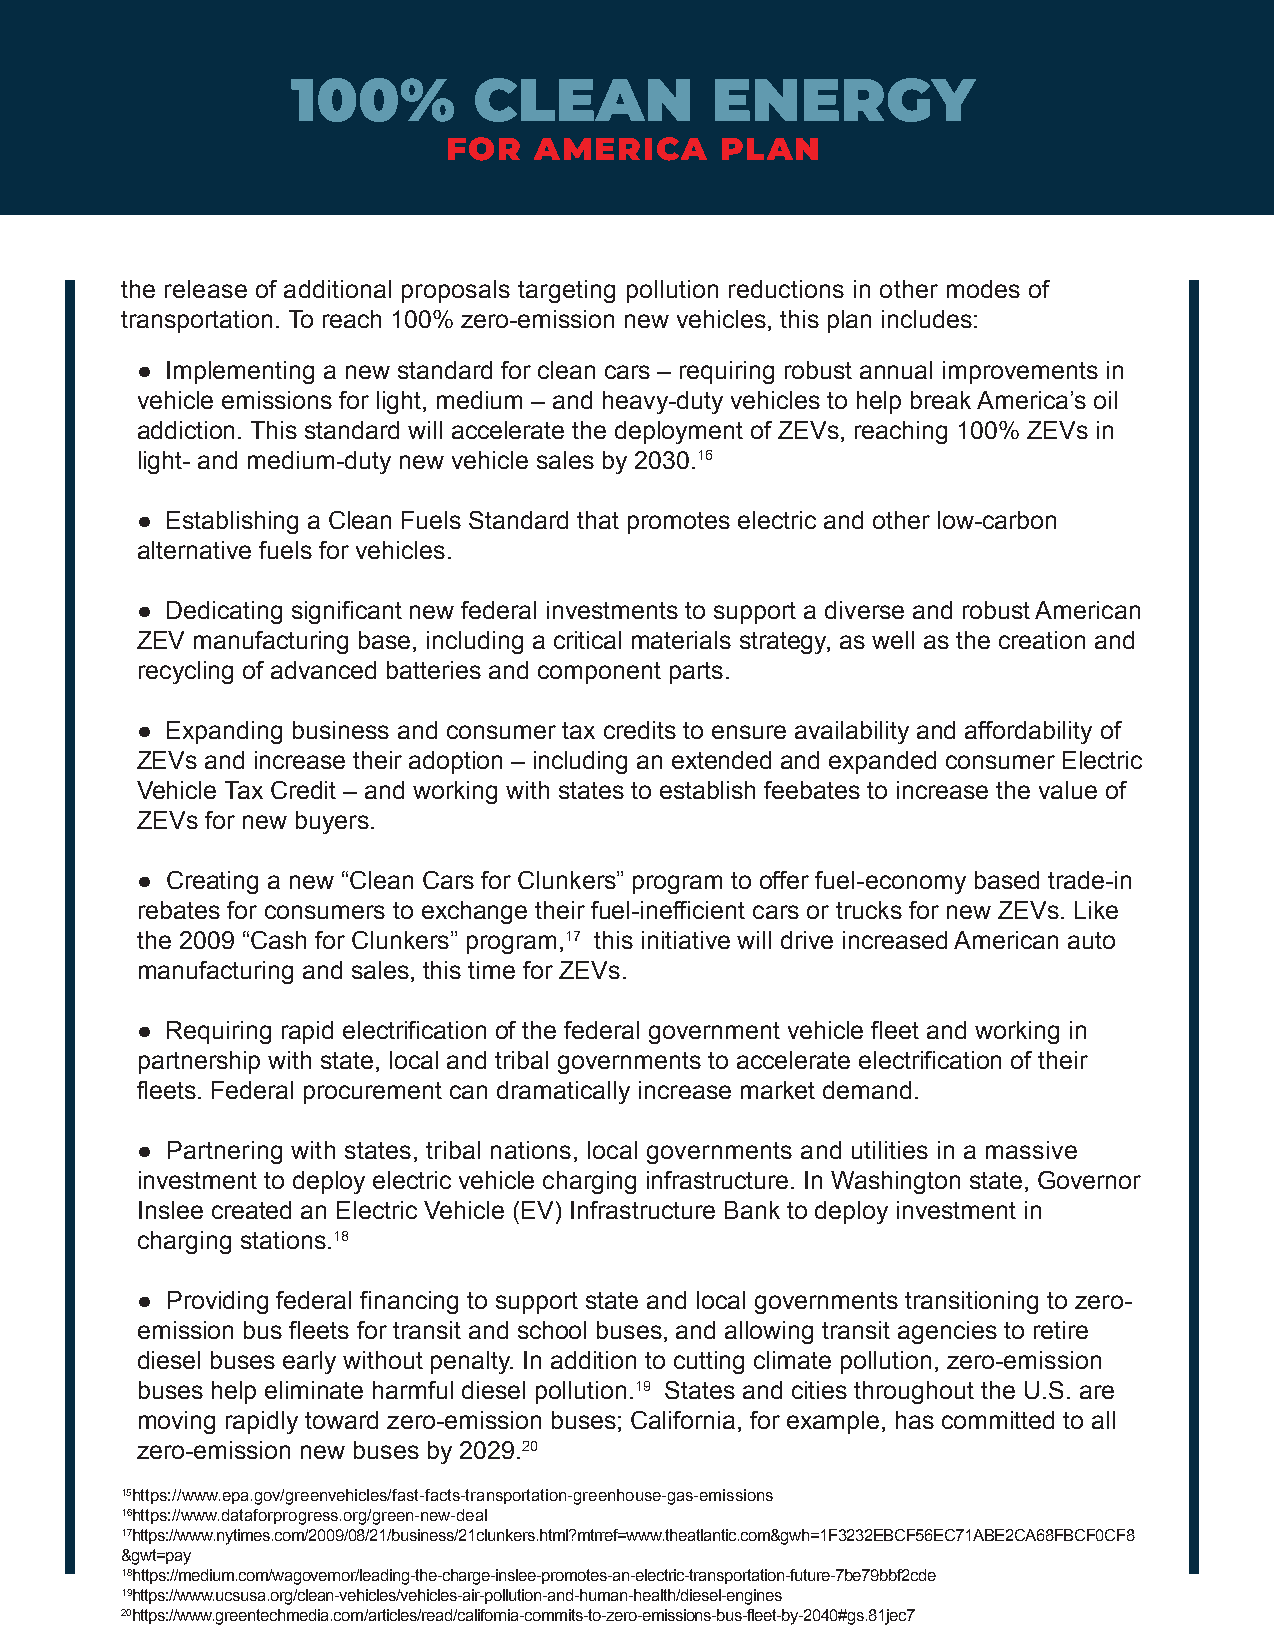
100%        CLEAN           ENERGY
 FOR  AMERICA      PLAN
 the release of additional proposals targeting pollution reductions in other modes of
 transportation. To reach 100% zero-emission new vehicles, this plan includes:
 ● Implementing a new standard for clean cars – requiring robust annual improvements in
 vehicle emissions for light, medium – and heavy-duty vehicles to help break America’s oil
 addiction. This standard will accelerate the deployment of ZEVs, reaching 100% ZEVs in
 light- and medium-duty new vehicle sales by 2030.16
 ● Establishing a Clean Fuels Standard that promotes electric and other low-carbon
 alternative fuels for vehicles.
 ● Dedicating significant new federal investments to support a diverse and robust American
 ZEV manufacturing base, including a critical materials strategy, as well as the creation and
 recycling of advanced batteries and component parts.
 ● Expanding business and consumer tax credits to ensure availability and affordability of
 ZEVs and increase their adoption – including an extended and expanded consumer Electric
 Vehicle Tax Credit – and working with states to establish feebates to increase the value of
 ZEVs for new buyers.
 ● Creating a new “Clean Cars for Clunkers” program to offer fuel-economy based trade-in
 rebates for consumers to exchange their fuel-inefficient cars or trucks for new ZEVs. Like
 the 2009 “Cash for Clunkers” program,17 this initiative will drive increased American auto
 manufacturing and sales, this time for ZEVs.
 ● Requiring rapid electrification of the federal government vehicle fleet and working in
 partnership with state, local and tribal governments to accelerate electrification of their
 fleets. Federal procurement can dramatically increase market demand.
 ● Partnering with states, tribal nations, local governments and utilities in a massive
 investment to deploy electric vehicle charging infrastructure. In Washington state, Governor
 Inslee created an Electric Vehicle (EV) Infrastructure Bank to deploy investment in
 charging stations.18
 ● Providing federal financing to support state and local governments transitioning to zero-
 emission bus fleets for transit and school buses, and allowing transit agencies to retire
 diesel buses early without penalty. In addition to cutting climate pollution, zero-emission
 buses help eliminate harmful diesel pollution.19 States and cities throughout the U.S. are
 moving rapidly toward zero-emission buses; California, for example, has committed to all
 zero-emission new buses by 2029.20
 15https://www.epa.gov/greenvehicles/fast-facts-transportation-greenhouse-gas-emissions
 16https://www.dataforprogress.org/green-new-deal
 17https://www.nytimes.com/2009/08/21/business/21clunkers.html?mtrref=www.theatlantic.com&gwh=1F3232EBCF56EC71ABE2CA68FBCF0CF8
 &gwt=pay
 18https://medium.com/wagovernor/leading-the-charge-inslee-promotes-an-electric-transportation-future-7be79bbf2cde
 19https://www.ucsusa.org/clean-vehicles/vehicles-air-pollution-and-human-health/diesel-engines
 20https://www.greentechmedia.com/articles/read/california-commits-to-zero-emissions-bus-fleet-by-2040#gs.81jec7